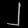
Digit: ၂